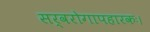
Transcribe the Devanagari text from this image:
सर्वरोगापहारकः।